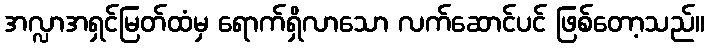
အလ္လာအရှင်မြတ်ထံမှ ရောက်ရှိလာသော လက်ဆောင်ပင် ဖြစ်တော့သည်။